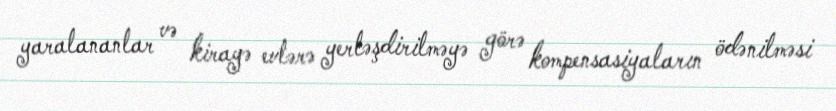
yaralananlar və kirayə evlərə yerləşdirilməyə görə kompensasiyaların ödənilməsi